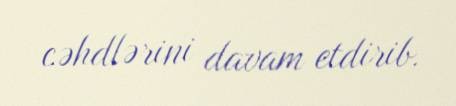
cəhdlərini davam etdirib.